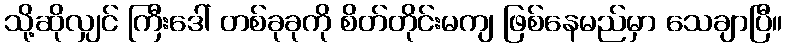
သို့ဆိုလျှင် ကြီးဒေါ် တစ်ခုခုကို စိတ်တိုင်းမကျ ဖြစ်နေမည်မှာ သေချာပြီ။